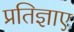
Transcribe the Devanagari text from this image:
प्रतिज्ञाए